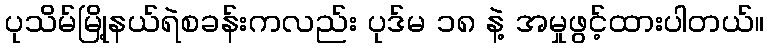
ပုသိမ်မြို့နယ်ရဲစခန်းကလည်း ပုဒ်မ ၁၈ နဲ့ အမှုဖွင့်ထားပါတယ်။